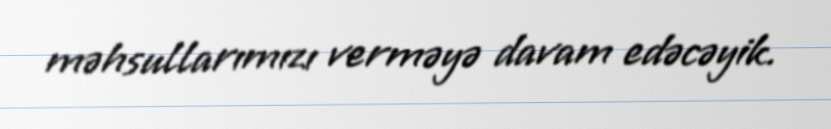
məhsullarımızı verməyə davam edəcəyik.